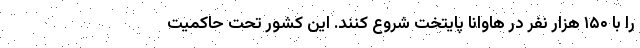
را با ۱۵۰ هزار نفر در هاوانا پایتخت شروع کنند. این کشور تحت حاکمیت